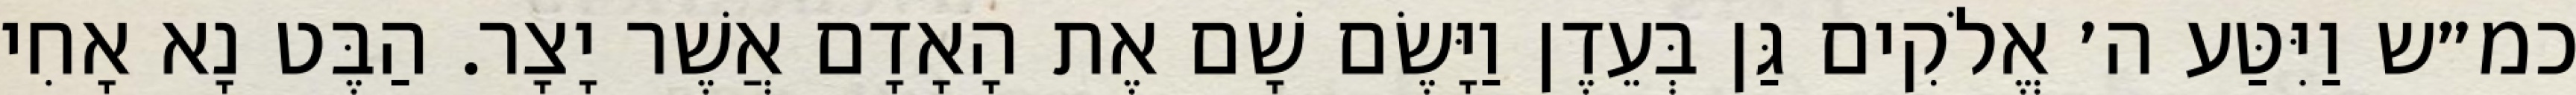
כמ״ש וַיִּטַּע ה׳ אֱלֹקִים גַּן בְּעֵדֶן וַיָּשֶׂם שָׁם אֶת הָאָדָם אֲשֶׁר יָצָר. הַבֶּט נָא אָחִי